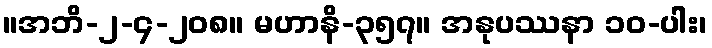
။အဘိ-၂-၄-၂၀၈။ မဟာနိ-၃၅၇။ အနုပဿနာ ၁၀-ပါး၊